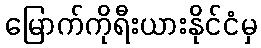
မြောက်ကိုရီးယားနိုင်ငံမှ